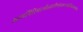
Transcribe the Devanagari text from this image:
उदयगिरिभद्रगौडकपौण्ड्रोत्कलकाषिमेकलाम्बष्ठाः।